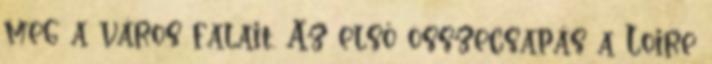
meg a város falait. Az első összecsapás a Loire